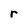
Character: r